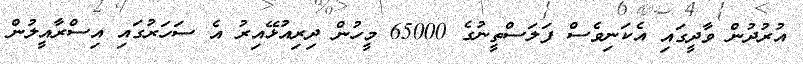
އުރުދުން ވާދީގައި އެކަނިވެސް ފަލަސްތީނުގެ 65000 މީހުން ދިރިއުޅޭއިރު އެ ސަހަރުގައި އިސްރާއީލުން